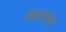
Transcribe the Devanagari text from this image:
सतागोपा